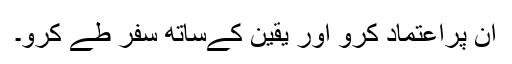
ان پراعتماد کرو اور یقین کےساتھ سفر طے کرو۔